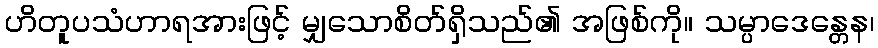
ဟိတူပသံဟာရအားဖြင့် မျှသောစိတ်ရှိသည်၏ အဖြစ်ကို။ သမ္ပာဒေန္တေန၊